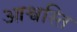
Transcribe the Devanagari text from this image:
आश्वस्ति